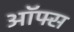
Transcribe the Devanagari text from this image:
ऑफ्स